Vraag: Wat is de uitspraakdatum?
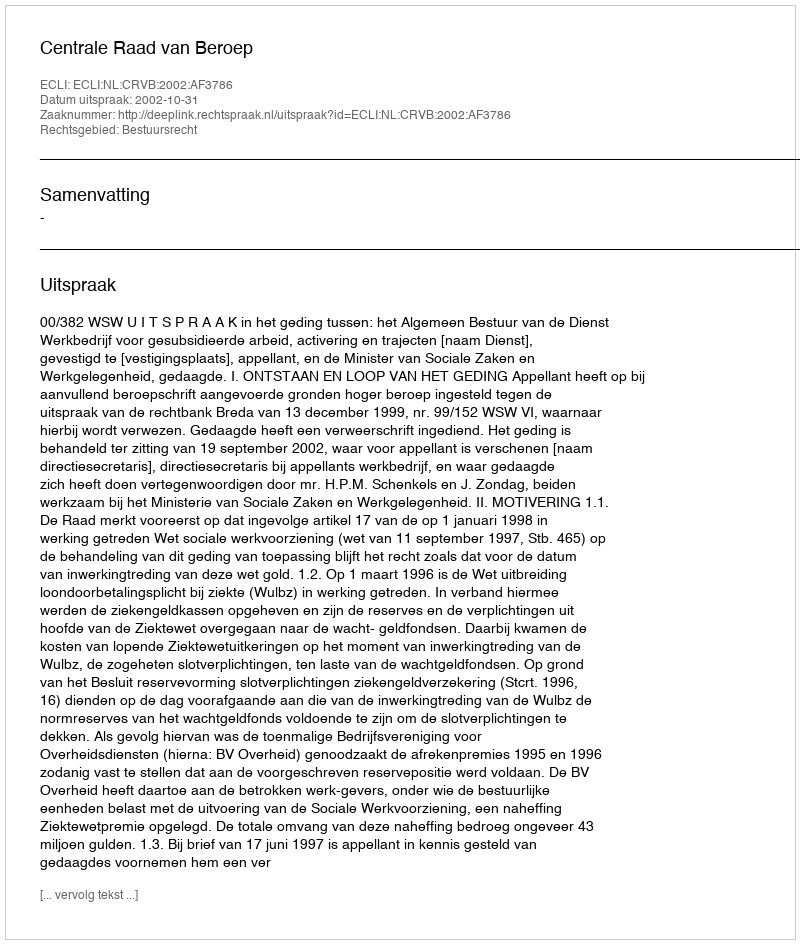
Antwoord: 2002-10-31